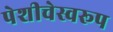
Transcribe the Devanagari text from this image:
पेशीचेस्वरूप